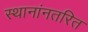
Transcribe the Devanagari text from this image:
स्थानांनतरित